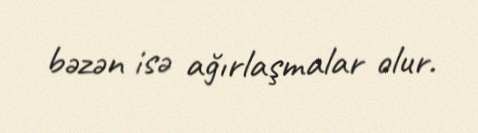
bəzən isə ağırlaşmalar olur.